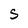
Character: S